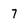
Character: 7